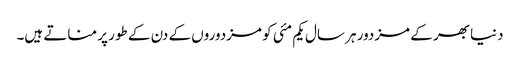
دنیا بھر کے مزدور ہر سال یکم مئی کو مزدوروں کے دن کے طور پر مناتے ہیں۔